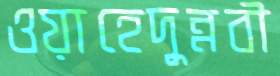
ওয়াহেদুন্নবী